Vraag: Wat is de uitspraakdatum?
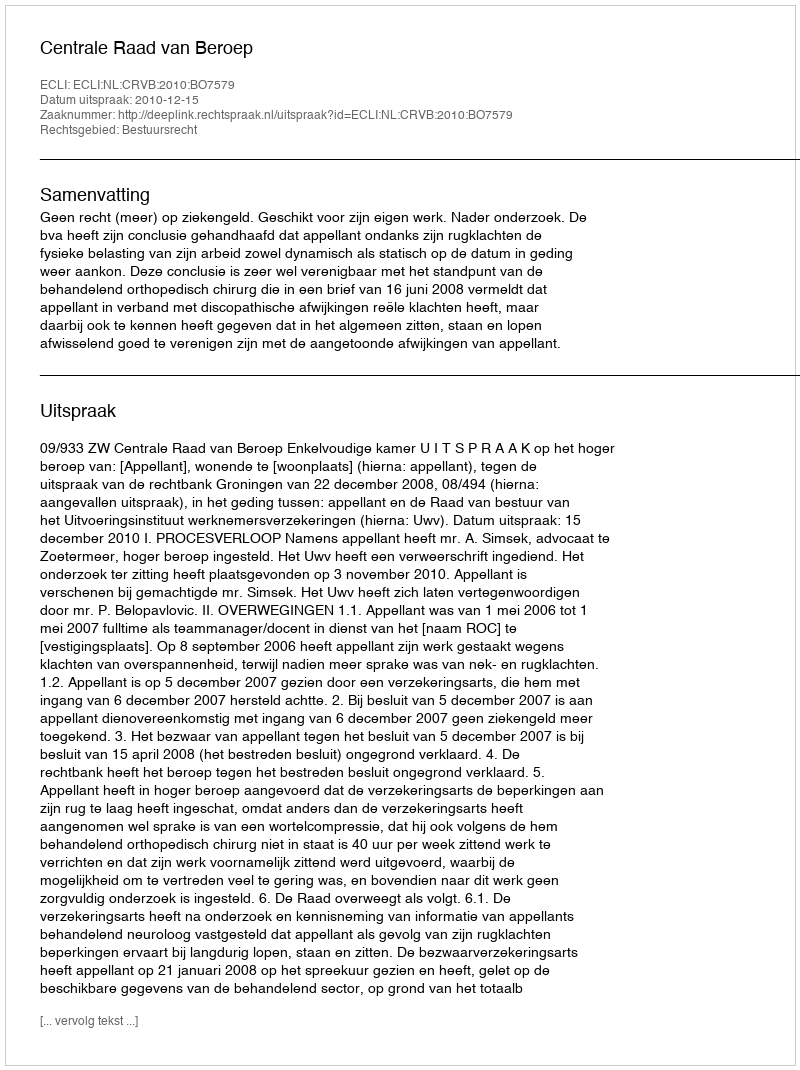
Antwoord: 2010-12-15